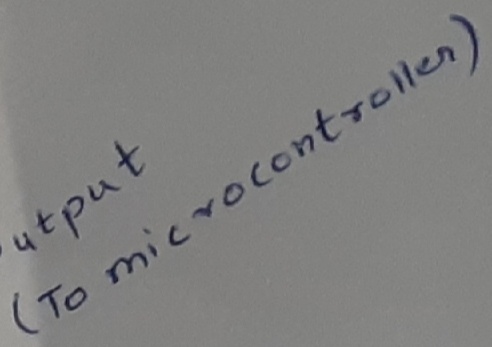
Text: (Tomicrocontroller)